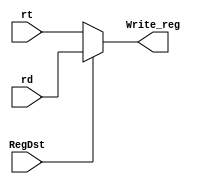
`timescale 1ns / 1ps
//////////////////////////////////////////////////////////////////////////////////
// Company: 
// Engineer: 
// 
// Design Name: 
// Module Name: Mux_Ins
// Project Name: 
// Target Devices: 
// Tool Versions: 
// Description: 
// 
// Dependencies: 
// 
// Revision:
// Revision 0.01 - File Created
// Additional Comments:
// 
//////////////////////////////////////////////////////////////////////////////////


module Mux_Ins(
    input [4:0] rt,
    input [4:0] rd,
    input RegDst,
    output reg [4:0] Write_reg
    );
    always @ (rt or rd) begin
        if(RegDst == 1)
            Write_reg = rd;
        else begin
            Write_reg = rt;
        end
    end
endmodule